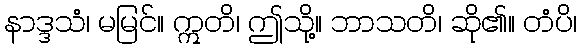
နာဒ္ဒသံ၊ မမြင်။ ဣတိ၊ ဤသို့။ ဘာသတိ၊ ဆို၏။ တံပိ၊